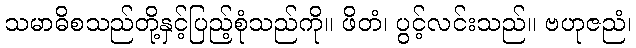
သမာဓိစသည်တို့နှင့်ပြည့်စုံသည်ကို။ ဖိတံ၊ ပွင့်လင်းသည်။ ဗဟုဇညံ၊